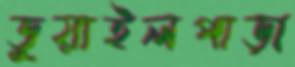
ডুয়াইলপাড়া